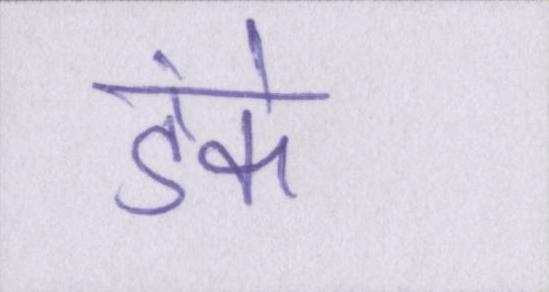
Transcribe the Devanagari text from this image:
डंके